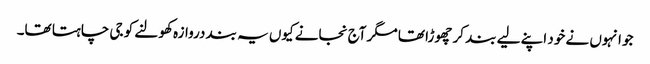
جو انہوں نے خود اپنے لیے بند کر چھوڑا تھا مگر آج نجانے کیوں یہ بند دروازہ کھولنے کو جی چاہتا تھا۔